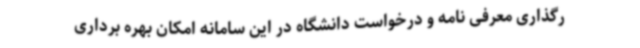
رگذاری معرفی نامه و درخواست دانشگاه در این سامانه امکان بهره برداری